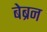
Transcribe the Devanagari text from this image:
बेब्रन